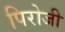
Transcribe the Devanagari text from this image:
पिरोजी